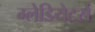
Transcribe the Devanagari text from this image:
ग्लेडियेटर्स